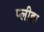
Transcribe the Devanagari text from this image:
प्‍लीहा